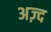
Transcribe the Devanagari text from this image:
अज़्द